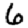
Digit: 6